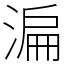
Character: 㴜